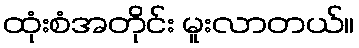
ထုံးစံအတိုင်း မူးလာတယ်။